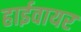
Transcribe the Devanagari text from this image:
हाईवायर